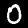
Label: 0